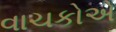
વાચકોએ